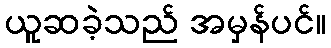
ယူဆခဲ့သည် အမှန်ပင်။